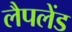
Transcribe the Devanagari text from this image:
लैपलेंड